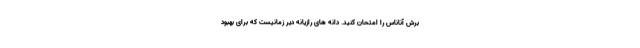
برش آناناس را امتحان کنید. دانه های رازیانه دیر زمانیست که برای بهبود